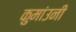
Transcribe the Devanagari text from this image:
कुमांउनी